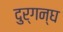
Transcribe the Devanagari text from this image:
दुर्गन्घ